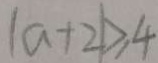
\vert a + 2 \vert \geq 4